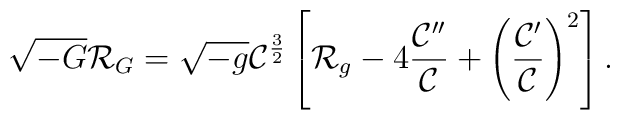
\sqrt{-G}{\cal R}_G=\sqrt{-g}{\cal C}^{3\over 2}\left[{\cal R}_g-4{{{\cal C}^{\prime\prime}}\over{\cal C}}+\left({{{\cal C}^{\prime}}\over{\cal C}}\right)^2\right].